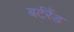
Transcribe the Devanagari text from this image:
बर्टरैंड